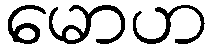
မောဟ